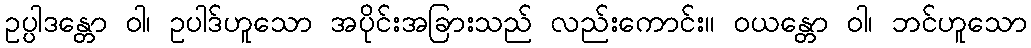
ဥပ္ပါဒန္တော ဝါ၊ ဥပါဒ်ဟူသော အပိုင်းအခြားသည် လည်းကောင်း။ ဝယန္တော ဝါ၊ ဘင်ဟူသော